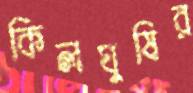
কিলঘুষির